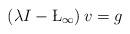
LaTeX: \begin{align*} \left(\lambda I-\L_{\infty}\right)v=g \end{align*}